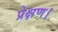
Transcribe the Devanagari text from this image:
प्रेक्षण।